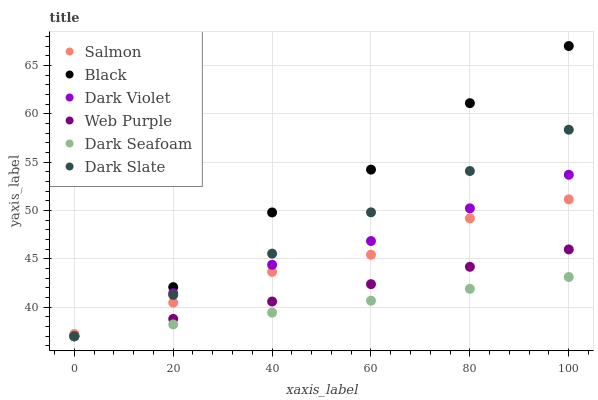
| xaxis_label | Salmon | Black | Dark Violet | Web Purple | Dark Seafoam | Dark Slate |
 | --- | --- | --- | --- | --- | --- | --- |
 | 0 | 37.2 | 37 | 37 | 37 | 37 | 37 |
 | 20 | 40.5 | 42.1 | 41.5 | 38.8 | 38.2 | 41.3 |
 | 40 | 43.7 | 49.8 | 44.4 | 40.6 | 39.4 | 45.5 |
 | 60 | 45.4 | 54.2 | 46.8 | 42.4 | 40.7 | 49.8 |
 | 80 | 49.2 | 61.1 | 50.2 | 44.2 | 41.9 | 54.1 |
 | 100 | 51.2 | 67 | 53.7 | 46 | 43.1 | 58.3 |